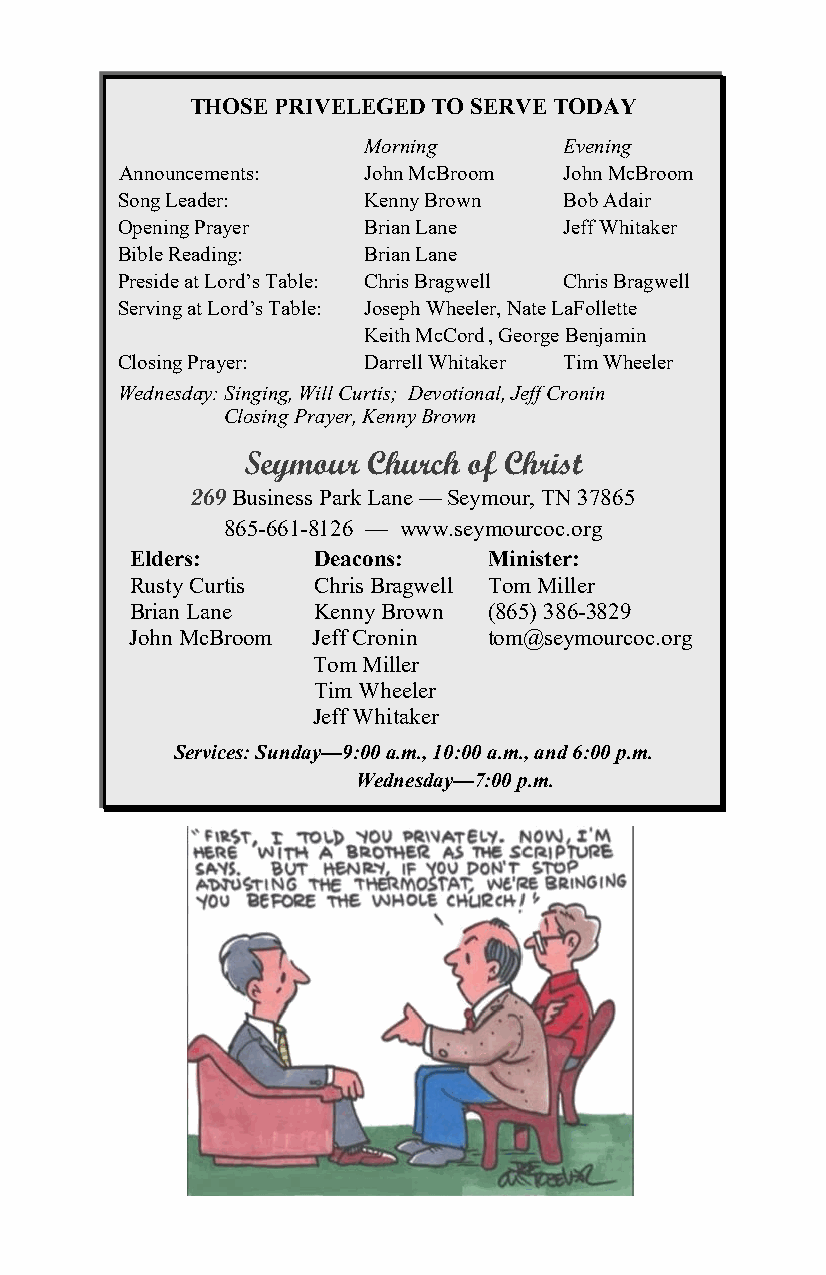
THOSE PRIVELEGED TO SERVE TODAY
 Morning      Evening
 Announcements:  John McBroom John McBroom
 Song Leader:    Kenny Brown  Bob Adair
 Opening Prayer  Brian Lane   Jeff Whitaker
 Bible Reading:  Brian Lane
 Preside at Lord’s Table: Chris Bragwell Chris Bragwell
 Serving at Lord’s Table: Joseph Wheeler, Nate LaFollette
 Keith McCord , George Benjamin
 Closing Prayer: Darrell Whitaker Tim Wheeler
 Wednesday: Singing, Will Curtis; Devotional, Jeff Cronin
 Closing Prayer, Kenny Brown
 Seymour Church of Christ
 269 Business Park Lane — Seymour, TN 37865
 865-661-8126 — www.seymourcoc.org
 Elders:     Deacons:   Minister:
 Rusty Curtis Chris Bragwell Tom Miller
 Brian Lane  Kenny Brown (865) 386-3829
 John McBroom Jeff Cronin tom@seymourcoc.org
 Tom Miller
 Tim Wheeler
 Jeff Whitaker
 Services: Sunday—9:00 a.m., 10:00 a.m., and 6:00 p.m.
 Wednesday—7:00 p.m.